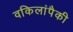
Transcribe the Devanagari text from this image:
वकिलांपैकी